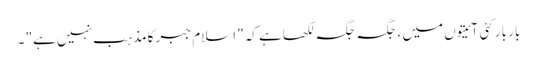
بار بار کئی آئیتوں میں ، جگہ جگہ لکھاہے کہ" اسلام جبر کا مذہب نہیں ہے" ۔